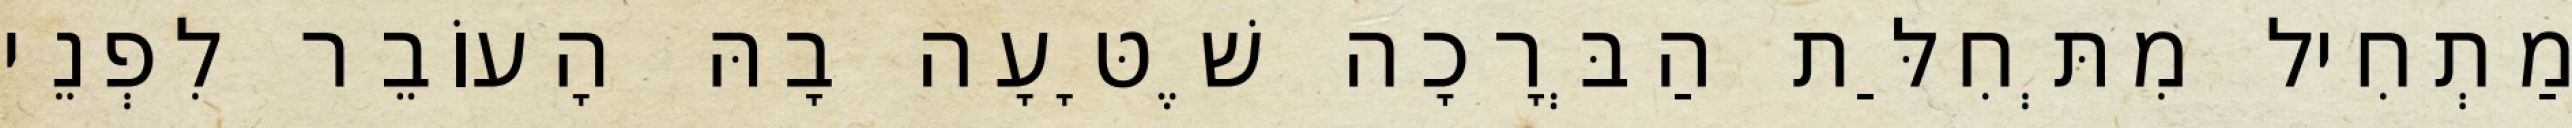
מַתְחִיל מִתְּחִלַּת הַבְּרָכָה שֶׁטָּעָה בָהּ הָעוֹבֵר לִפְנֵי